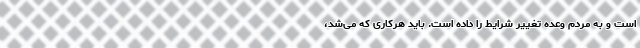
است و به مردم وعده تغییر شرایط را داده است. باید هرکاری که می‌شد،